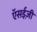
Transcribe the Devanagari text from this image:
ऍसईज़ी